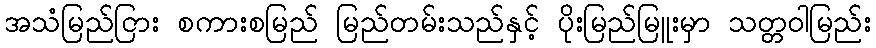
အသံမြည်ငြား စကားစမြည် မြည်တမ်းသည်နှင့် ပိုးမြည်မြူးမှာ သတ္တဝါမြည်း